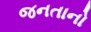
જનતાનો